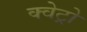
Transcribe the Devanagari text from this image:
क्वेट्रो